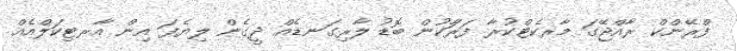
ފްރޭންކް ރާއްޖޭގަ މާރކެޓްކުރާ ފަރާަކުން ބޮޑު ލާރިގަނޑެއް ދީގެން ލިޔެފަ އިން އާރޓިކަލްއެއް